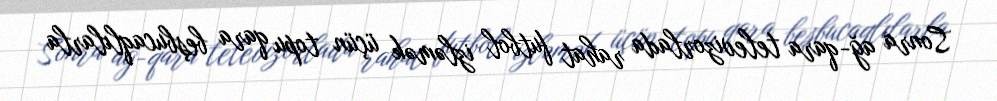
Sonra ağ-qara televizorlada rahat futbol izləmək üçün topu qara beşbucaqlılarla